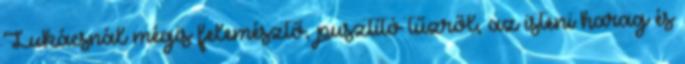
Lukácsnál mégis felemésztő, pusztító tűzről, az isteni harag és